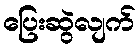
ပြေးဆွဲလျက်